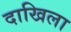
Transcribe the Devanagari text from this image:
दाखिला